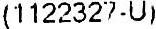
(1122327-U)